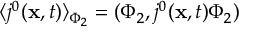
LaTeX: \langle j ^ { 0 } ( { \bf x } , t ) \rangle _ { \Phi _ { 2 } } = ( \Phi _ { 2 } , j ^ { 0 } ( { \bf x } , t ) \Phi _ { 2 } )